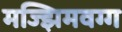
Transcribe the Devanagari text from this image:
मज्झिमवग्ग